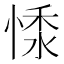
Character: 𢝥